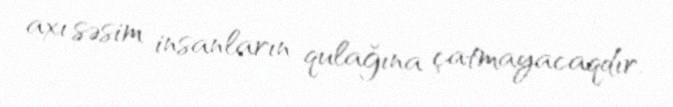
axı səsim insanların qulağına çatmayacaqdır.